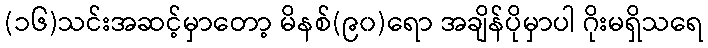
(၁၆)သင်းအဆင့်မှာတော့ မိနစ်(၉၀)ရော အချိန်ပိုမှာပါ ဂိုးမရှိသရေ